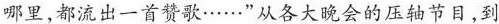
哪里，都流出一首赞歌……”从各大晚会的压轴节目，到